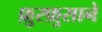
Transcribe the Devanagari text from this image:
फ़ुस्फ़ुसाने